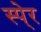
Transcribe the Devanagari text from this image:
स्पे्र